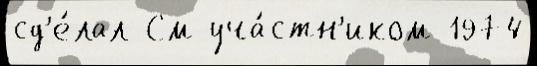
сд'е́лал См уча́стн'иком 1974